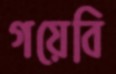
গয়েবি